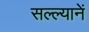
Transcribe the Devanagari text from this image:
सल्ल्यानें